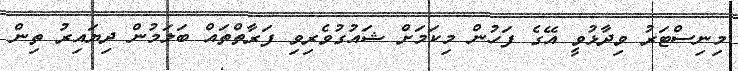
މިނިސްޓަރު ވިދާޅުވީ އޭގެ ފަހުން މިކަމަށް ޝައުގުވެރިވި ފަރާތްތައް ބަލަމުން ދިޔައިރު ތިން